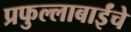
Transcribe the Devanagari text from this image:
प्रफुल्लाबाईंचे